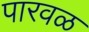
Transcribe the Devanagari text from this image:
पारवळ